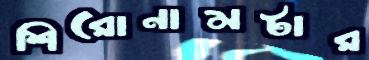
শিরোনামটার